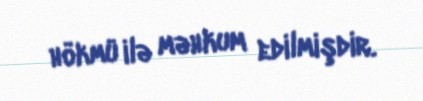
hökmü ilə məhkum edilmişdir.